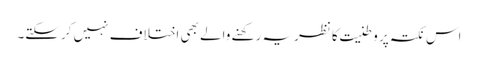
اس نکتہ پر وطنیت کا نظریہ رکھنے والے بھی اختلاف نہیں کرسکتے۔